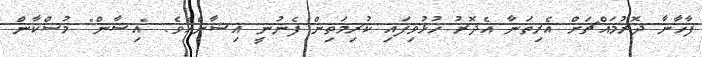
ފާޚާނާ ދޮރުމައްޗަށް އެރިތަނާ އެދޮރު ހުޅުވިފައި ކުރިމަތިން ފެނުނީ އިޝާންއެވެ. "އިޝާން" މުސްކާން